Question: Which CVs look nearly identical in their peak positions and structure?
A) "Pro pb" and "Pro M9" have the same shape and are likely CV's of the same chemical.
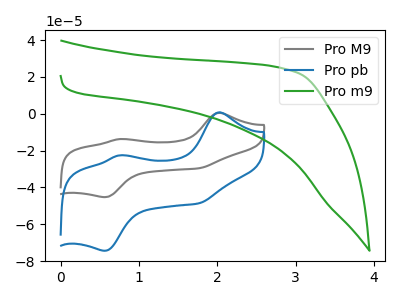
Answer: <think>The gray curve "Pro M9" has anodic peaks at (2.00V, 0.50uA) (0.75V, -13.75uA) and cathodic peaks at (1.75V, -29.60uA) (0.55V, -45.25uA). The blue curve "Pro pb" has anodic peaks at (2.00V, 0.80uA) (0.75V, -22.55uA) and cathodic peaks at (1.75V, -48.65uA) (0.55V, -74.40uA). The green curve "Pro m9" has no peaks.
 All the peaks in "Pro M9" have a peak in "Pro pb" at the same potential. "Pro M9" and "Pro m9" have a different number of peaks. "Pro pb" and "Pro m9" have a different number of peaks.</think>
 <answer>A) "Pro pb" and "Pro M9" have the same shape and are likely CV's of the same chemical.</answer>
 <eval>A</eval>